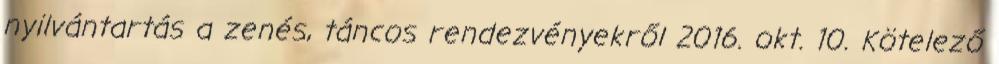
nyilvántartás a zenés, táncos rendezvényekről 2016. okt. 10. Kötelező